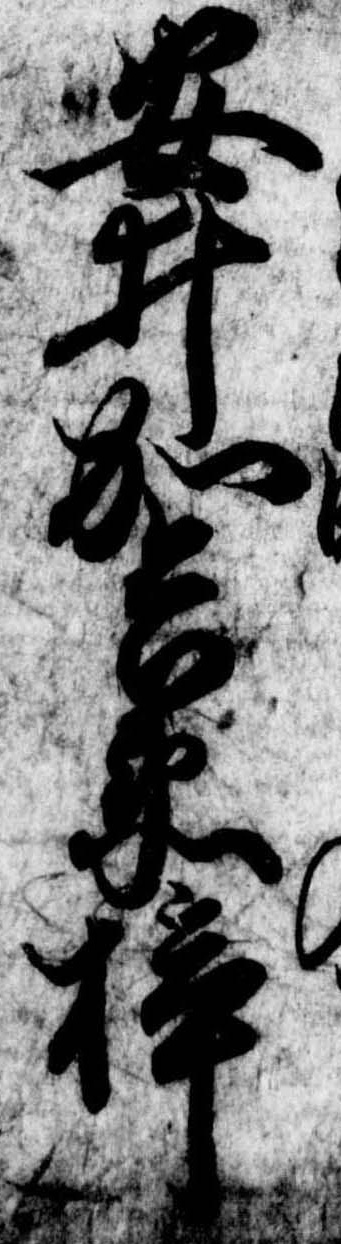
安井加兵衛梓